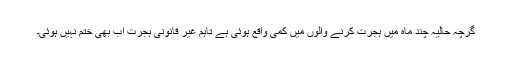
گرچہ حاليہ چند ماہ ميں ہجرت کرنے والوں ميں کمی واقع ہوئی ہے تاہم غير قانونی ہجرت اب بھی ختم نہيں ہوئی۔